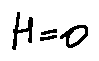
H = o